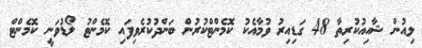
ލިއުން ޝާއިއުކުރިތާ 48 ގަޑިއިރު ވުމާއެކު ކޮމެންޓްކުރުން ބަންދުކުރެވިފައި ކޮމެންޓު ލޯޑުވަނީ ކޮމެންޓް